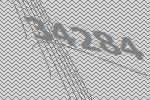
34284